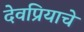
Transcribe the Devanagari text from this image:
देवप्रियाचे